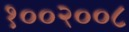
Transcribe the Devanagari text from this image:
१००२००८